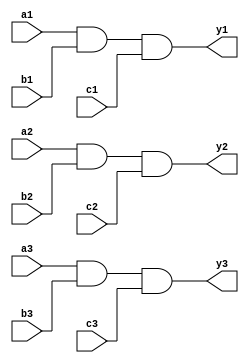
`timescale 1ns / 1ps
/////////////////////////////////////////////////////////////////
// Module Name: tri_3_input_and_gate
// Description: Three 3-input AND gate with DELAY configuration parameter
// Parameters: DELAY
/////////////////////////////////////////////////////////////////

module tri_3_input_and_gate#(parameter DELAY = 10)(
    input wire a1,b1,c1,a2,b2,c2,a3,b3,c3,
    output wire y1,y2,y3
    );
    
    and #DELAY (y1,a1,b1,c1);
    and #DELAY (y2,a2,b2,c2);
    and #DELAY (y3,a3,b3,c3);
    
endmodule